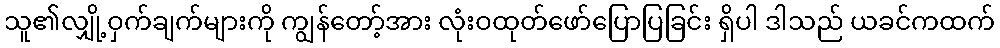
သူ၏လျှို့ဝှက်ချက်များကို ကျွန်တော့်အား လုံးဝထုတ်ဖော်ပြောပြခြင်း ရှိပါ ဒါသည် ယခင်ကထက်